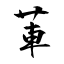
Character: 莗